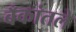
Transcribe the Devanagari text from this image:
बँकांतले